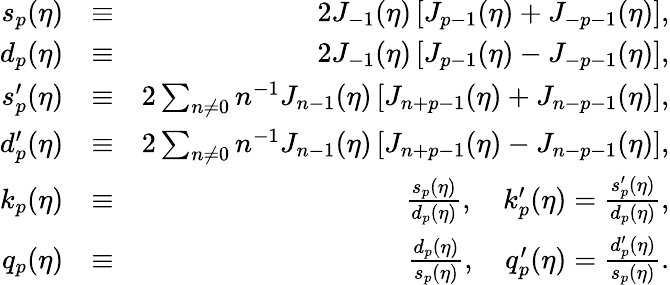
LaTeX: \begin{array}{rlr}{s_{p}(\eta)}&{\equiv}&{2J_{-1}(\eta)\left[J_{p-1}(\eta)+J_{-p-1}(\eta)\right],}\\ {d_{p}(\eta)}&{\equiv}&{2J_{-1}(\eta)\left[J_{p-1}(\eta)-J_{-p-1}(\eta)\right],}\\ {s_{p}^{\prime}(\eta)}&{\equiv}&{2\sum_{n\neq 0}n^{-1}J_{n-1}(\eta)\left[J_{n+p-1}(\eta)+J_{n-p-1}(\eta)\right],}\\ {d_{p}^{\prime}(\eta)}&{\equiv}&{2\sum_{n\neq 0}n^{-1}J_{n-1}(\eta)\left[J_{n+p-1}(\eta)-J_{n-p-1}(\eta)\right],}\\ {k_{p}(\eta)}&{\equiv}&{\frac{s_{p}(\eta)}{d_{p}(\eta)},\quad k_{p}^{\prime}(\eta)=\frac{s_{p}^{\prime}(\eta)}{d_{p}(\eta)},}\\ {q_{p}(\eta)}&{\equiv}&{\frac{d_{p}(\eta)}{s_{p}(\eta)},\quad q_{p}^{\prime}(\eta)=\frac{d_{p}^{\prime}(\eta)}{s_{p}(\eta)}.}\end{array}